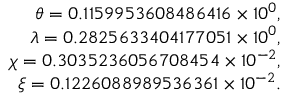
\begin{array} { r l r } & { } & { \theta = 0 . 1 1 5 9 9 5 3 6 0 8 4 8 6 4 1 6 \times 1 0 ^ { 0 } , } \\ & { } & { \lambda = 0 . 2 8 2 5 6 3 3 4 0 4 1 7 7 0 5 1 \times 1 0 ^ { 0 } , } \\ & { } & { \chi = 0 . 3 0 3 5 2 3 6 0 5 6 7 0 8 4 5 4 \times 1 0 ^ { - 2 } , } \\ & { } & { \xi = 0 . 1 2 2 6 0 8 8 9 8 9 5 3 6 3 6 1 \times 1 0 ^ { - 2 } . } \end{array}